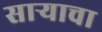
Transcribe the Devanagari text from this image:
साऱ्याचा